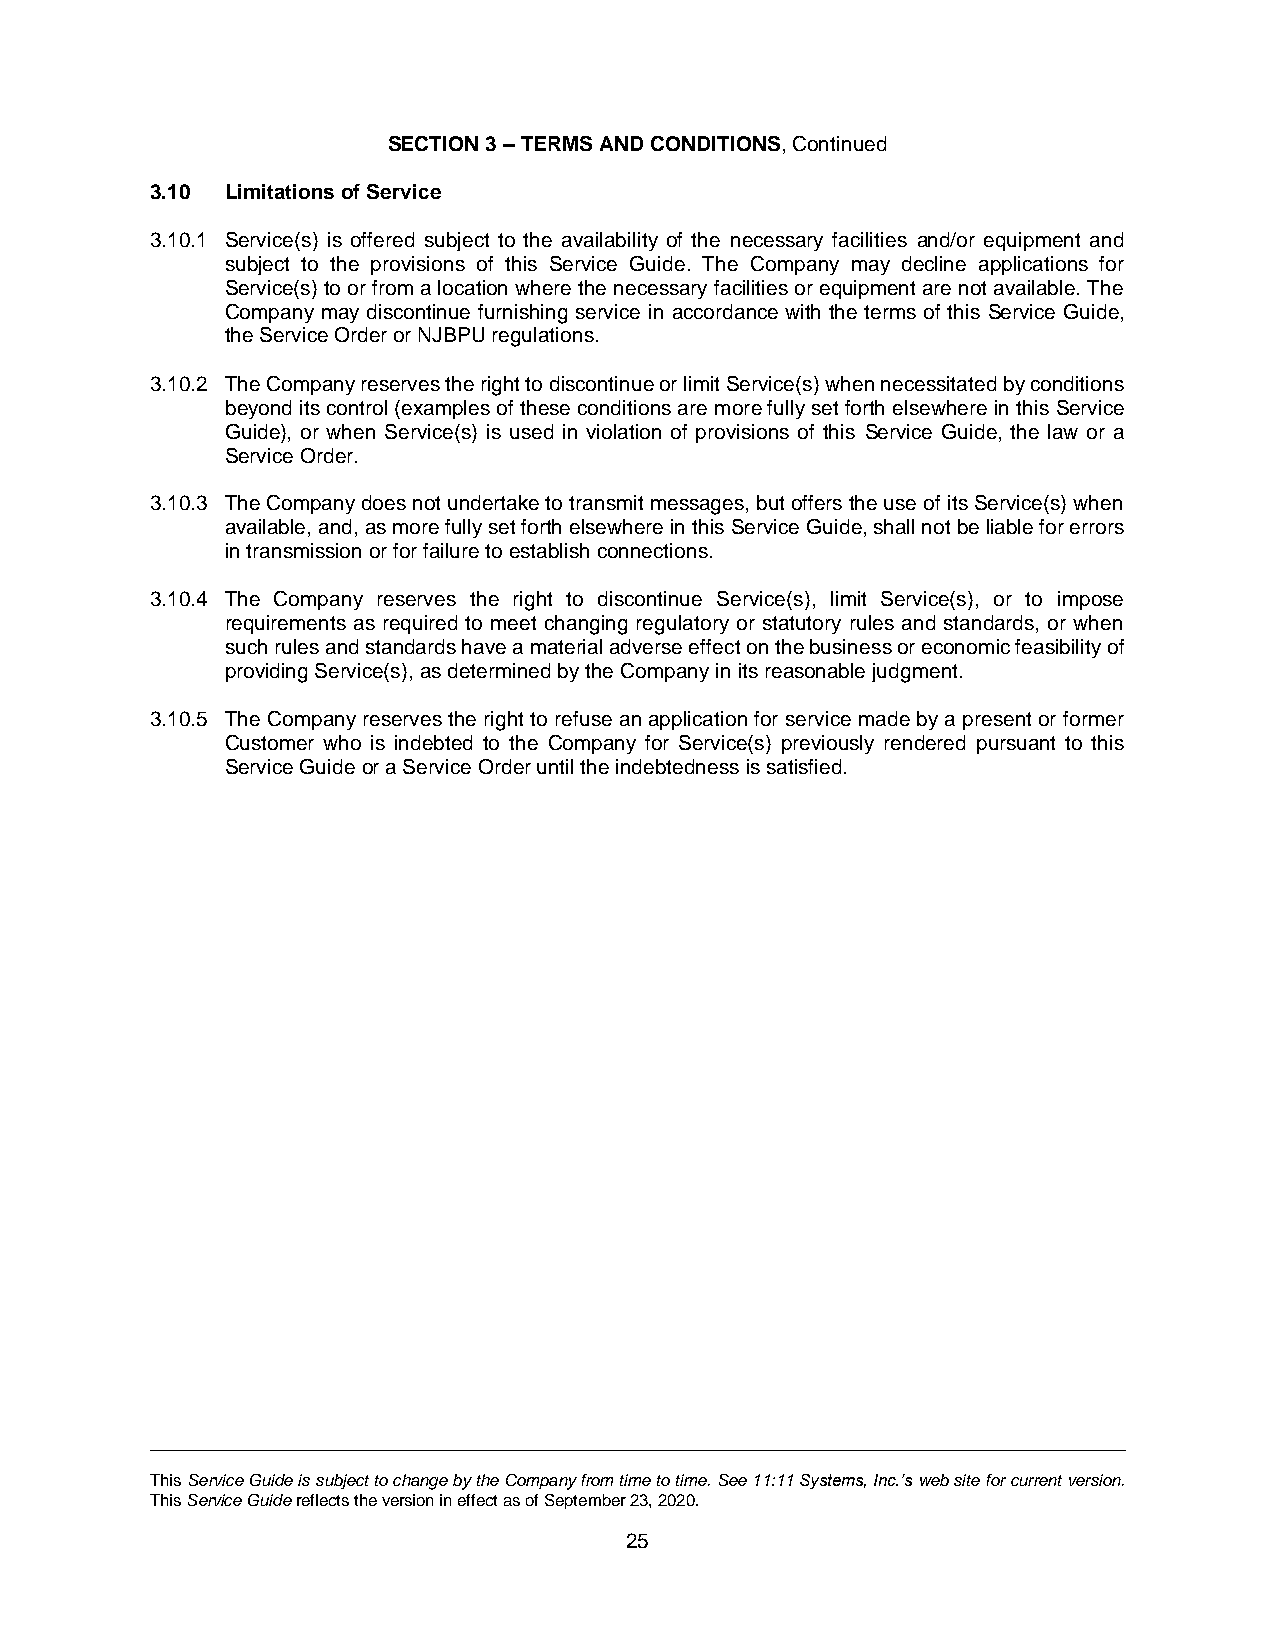
SECTION 3 – TERMS AND CONDITIONS, Continued
 3.10 Limitations of Service
 3.10.1 Service(s) is offered subject to the availability of the necessary facilities and/or equipment and
 subject to the provisions of this Service Guide. The Company may decline applications for
 Service(s) to or from a location where the necessary facilities or equipment are not available. The
 Company may discontinue furnishing service in accordance with the terms of this Service Guide,
 the Service Order or NJBPU regulations.
 3.10.2 The Company reserves the right to discontinue or limit Service(s) when necessitated by conditions
 beyond its control (examples of these conditions are more fully set forth elsewhere in this Service
 Guide), or when Service(s) is used in violation of provisions of this Service Guide, the law or a
 Service Order.
 3.10.3 The Company does not undertake to transmit messages, but offers the use of its Service(s) when
 available, and, as more fully set forth elsewhere in this Service Guide, shall not be liable for errors
 in transmission or for failure to establish connections.
 3.10.4 The Company reserves the right to discontinue Service(s), limit Service(s), or to impose
 requirements as required to meet changing regulatory or statutory rules and standards, or when
 such rules and standards have a material adverse effect on the business or economic feasibility of
 providing Service(s), as determined by the Company in its reasonable judgment.
 3.10.5 The Company reserves the right to refuse an application for service made by a present or former
 Customer who is indebted to the Company for Service(s) previously rendered pursuant to this
 Service Guide or a Service Order until the indebtedness is satisfied.
 This Service Guide is subject to change by the Company from time to time. See 11:11 Systems, Inc.’s web site for current version.
 This Service Guide reflects the version in effect as of September 23, 2020.
 25